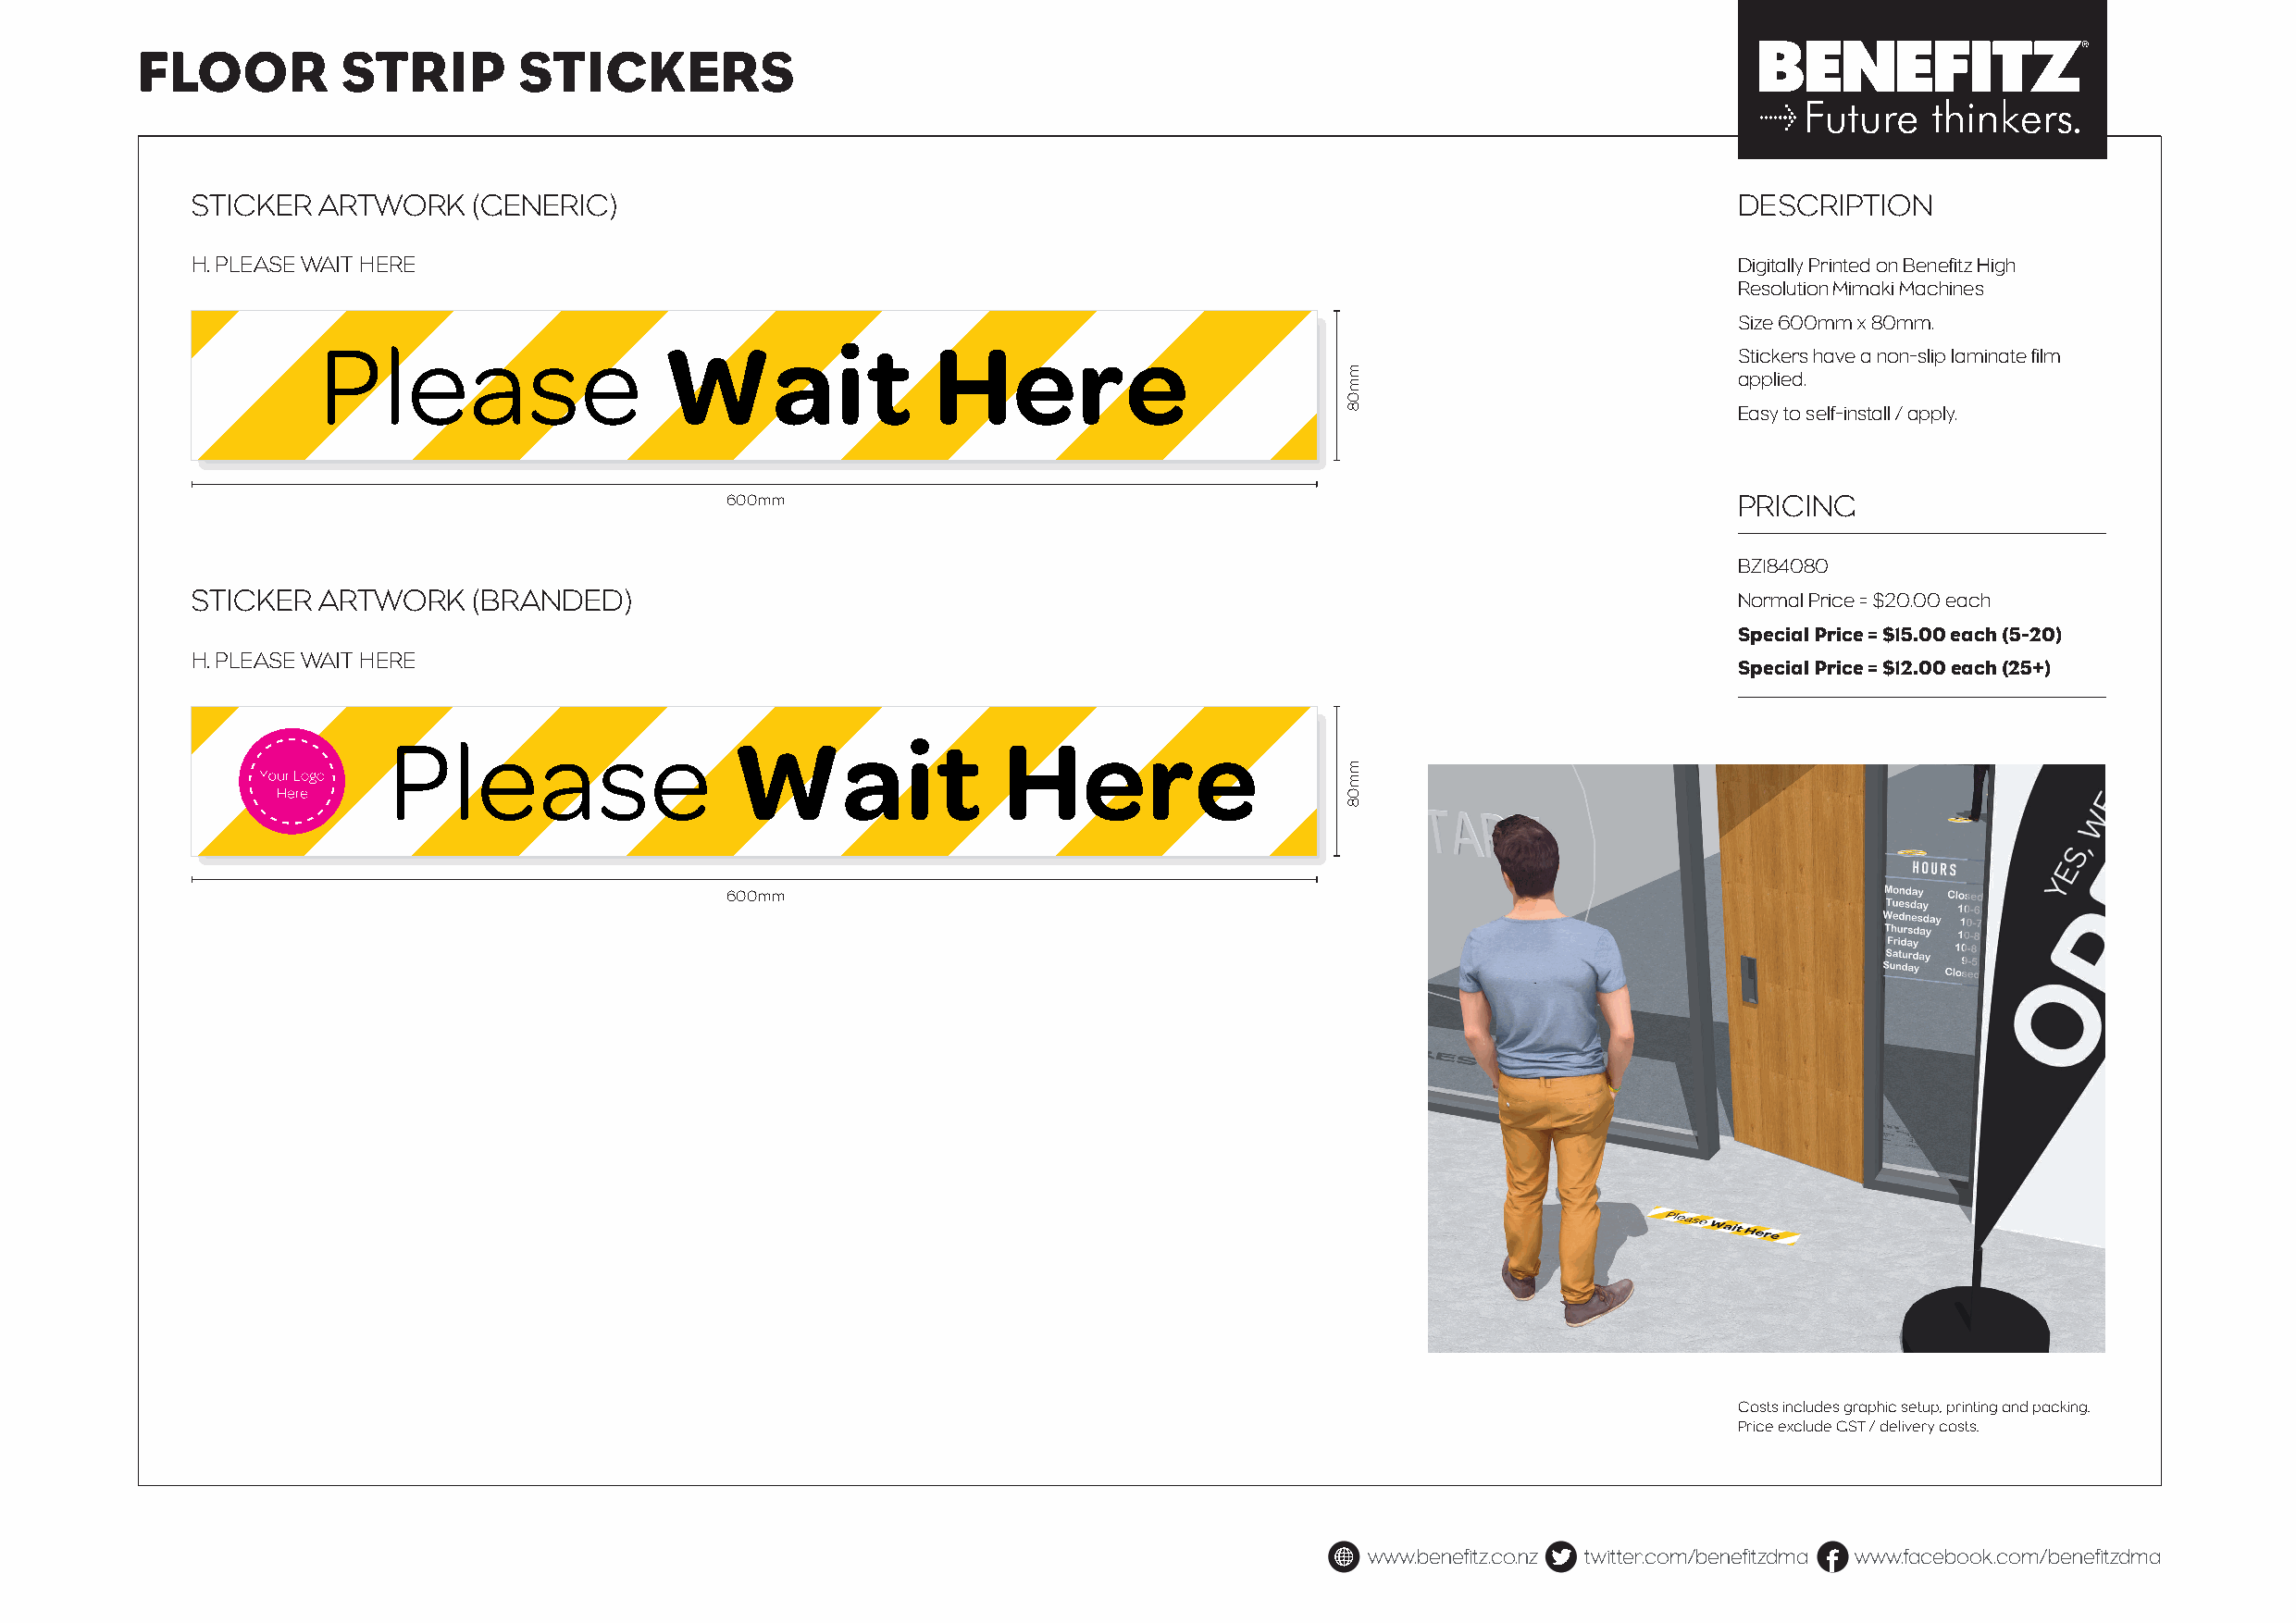
FLOOR         STRIP        STICKERS
 STICKER  ARTWORK    (GENERIC)                                                                                 DESCRIPTION
 H. PLEASE WAIT HERE                                                                                           Digitally Printed on Benefitz High
 Resolution Mimaki Machines
 Size 600mm x 80mm.
 Please                  Wait                Here
 Stickers have a non-slip laminate film
 applied.
 Easy to self-install / apply.
 600mm                                                                   PRICING
 BZ184080
 STICKER  ARTWORK    (BRANDED)                                                                                 Normal Price = $20.00 each
 Special Price = $15.00 each (5-20)
 H. PLEASE WAIT HERE
 Special Price = $12.00 each (25+)
 Please                  Wait                Here
 600mm
 Costs includes graphic setup, printing and packing.
 Price exclude GST / delivery costs.
 www.benefitz.co.nz twitter.com/benefitzdma www.facebook.com/benefitzdma
 mm08
 mm08